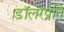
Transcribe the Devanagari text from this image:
डॉलरप्रति